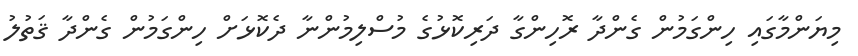
މިޔަންމާގައި ހިންގަމުން ގެންދާ ރޮހިންގާ ދަރިކޮޅުގެ މުސްލިމުންނާ ދެކޮޅަށް ހިންގަމުން ގެންދާ ޤަތުލު